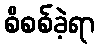
စိစစ်ခဲ့ရာ